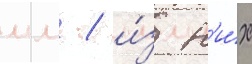
мм / и́з н'и́х